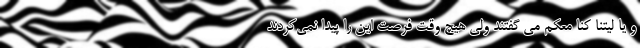
و یا لیتنا کنا معکم می گفتند ولی هیچ وقت فرصت این را پیدا نمی‌کردند